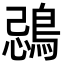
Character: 鵋